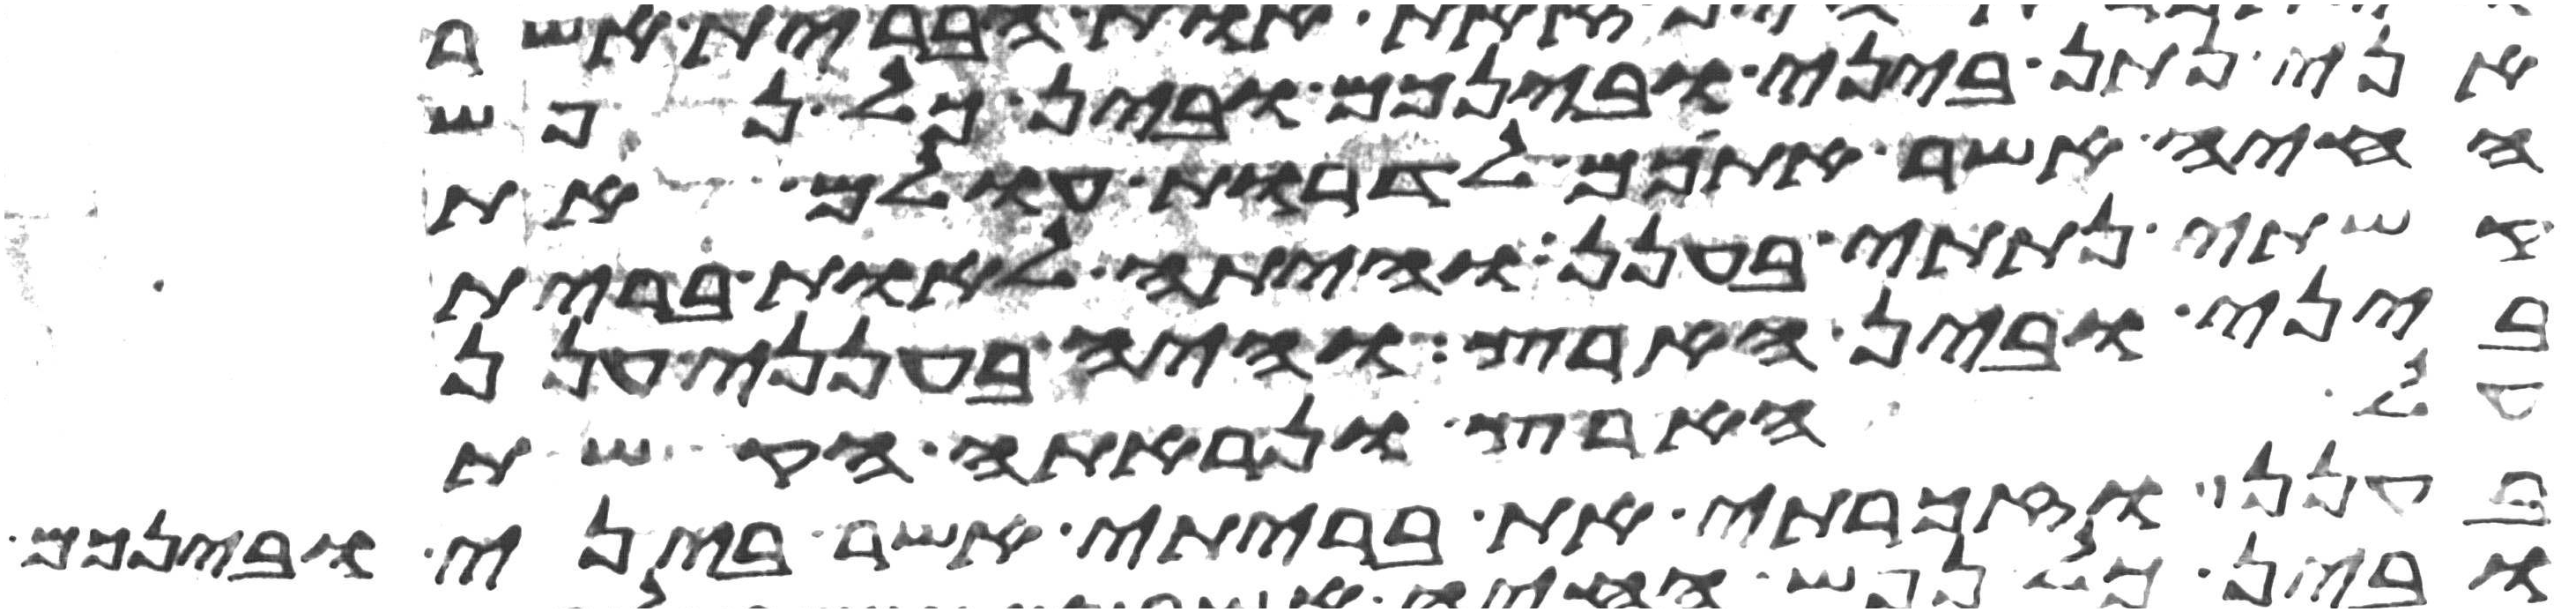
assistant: אני נתן ביני ובינכם ובין כל נפש
החיה אשר אתכם לדרות עולם את
קשתי נתתי בענן והיתה לאות ברית
ביני ובין הארץ והיה בענני ענן
על הארץ ונראתה הקשת
בענן וזכרתי את בריתי אשר ביני ובינכם